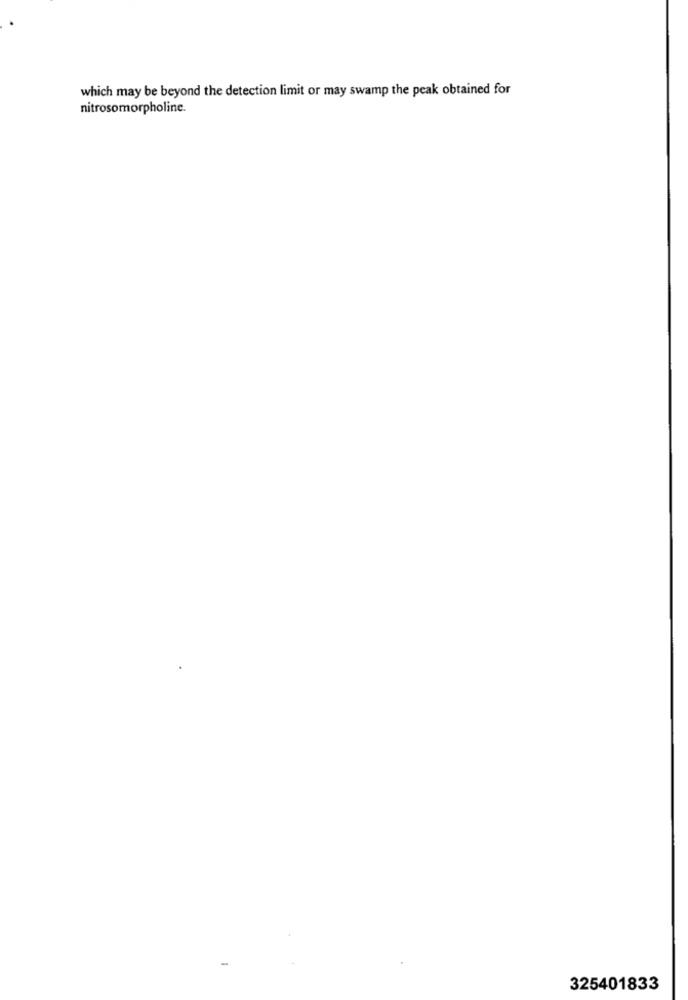
which may be beyond the detection limit or may swamp the peak obtained for
nitrosomorpholine.
325401833